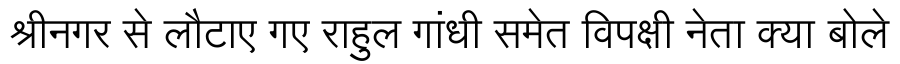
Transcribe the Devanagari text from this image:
श्रीनगर से लौटाए गए राहुल गांधी समेत विपक्षी नेता क्या बोले